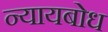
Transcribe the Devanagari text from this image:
न्यायबोध